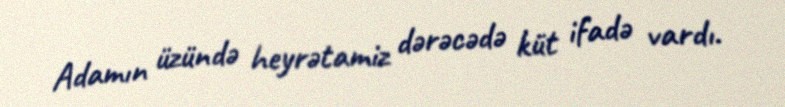
Adamın üzündə heyrətamiz dərəcədə küt ifadə vardı.